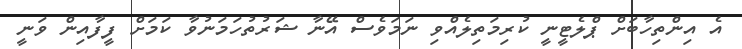
އެ އިންތިހާބަށް ޕްލެޓީނީ ކުރިމަތިލެއްވި ނަމަވެސް އޭނާ ޝަރުތުހަމަނުވާ ކަމަށް ފީފާއިން ވަނީ